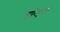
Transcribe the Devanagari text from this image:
हारिद्रुमत